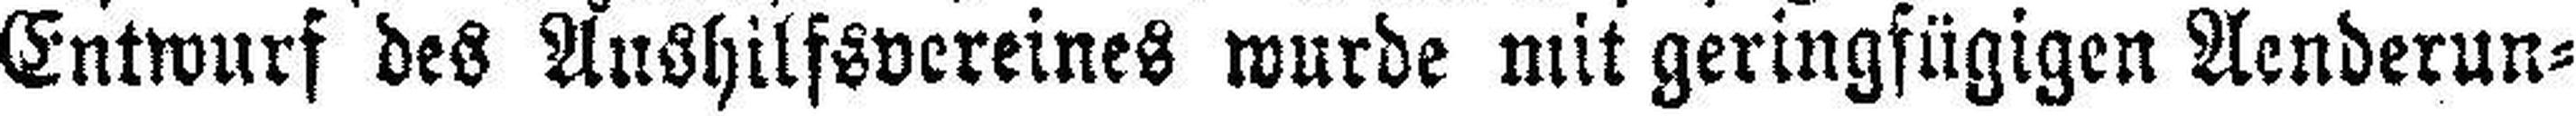
Entwurf des Aushilfsvereines wurde mit geringfügigen Aenderun¬